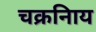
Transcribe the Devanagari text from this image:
चक्रनािय